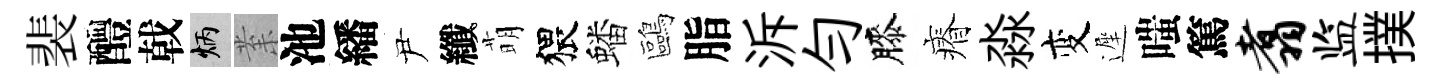
裴醴戟炳𭪙池繙尹纖萌猥蟠鷗脂泝勻膝瘠淼变遲嗤篤翥监撲